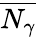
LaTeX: \overline{{N_{\gamma}}}